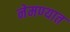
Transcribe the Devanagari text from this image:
नेमण्‍यात